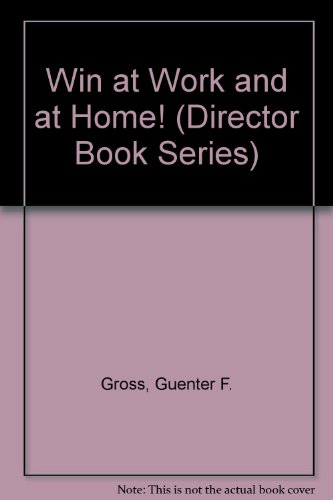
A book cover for Win at Work and at Home! (Director Book Series); Guenter F. Gross; Business & Money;